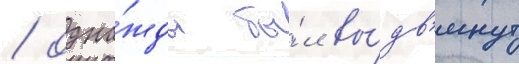
/ одна́жды бы́л вы́дв'инут